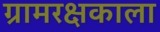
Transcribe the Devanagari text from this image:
ग्रामरक्षकाला